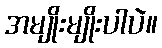
အမျိုးမျိုးပါပဲ။